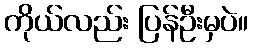
ကိုယ်လည်း ပြန်ဦးမှပဲ။